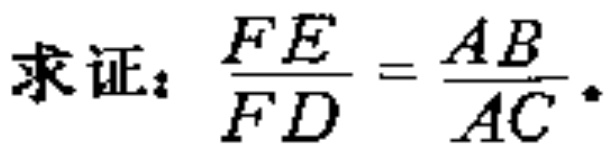
求证：\(\frac{FE}{FD}=\frac{AB}{AC}\)